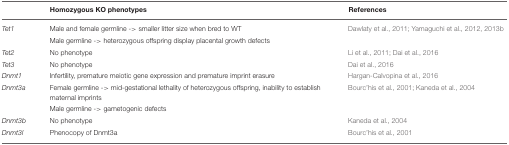
<table><thead><tr><td></td><td><b>Homozygous KO phenotypes</b></td><td><b>References</b></td></tr></thead><tbody><tr><td><i>Tet1</i></td><td>Male and female germline -&gt; smaller litter size when bred to WT</td><td>Dawlaty et al., 2011; Yamaguchi et al., 2012, 2013b</td></tr><tr><td></td><td>Male germline -&gt; heterozygous offspring display placental growth defects</td><td></td></tr><tr><td><i>Tet2</i></td><td>No phenotype</td><td>Li et al., 2011; Dai et al., 2016</td></tr><tr><td><i>Tet3</i></td><td>No phenotype</td><td>Dai et al., 2016</td></tr><tr><td><i>Dnmt1</i></td><td>Infertility, premature meiotic gene expression and premature imprint erasure</td><td>Hargan-Calvopina et al., 2016</td></tr><tr><td><i>Dnmt3a</i></td><td>Female germline -&gt; mid-gestational lethality of heterozygous offspring, inability to establish maternal imprints</td><td>Bourc&#x27;his et al., 2001; Kaneda et al., 2004</td></tr><tr><td></td><td>Male germline -&gt; gametogenic defects</td><td></td></tr><tr><td><i>Dnmt3b</i></td><td>No phenotype</td><td>Kaneda et al., 2004</td></tr><tr><td><i>Dnmt3l</i></td><td>Phenocopy of Dnmt3a</td><td>Bourc&#x27;his et al., 2001</td></tr></tbody></table>